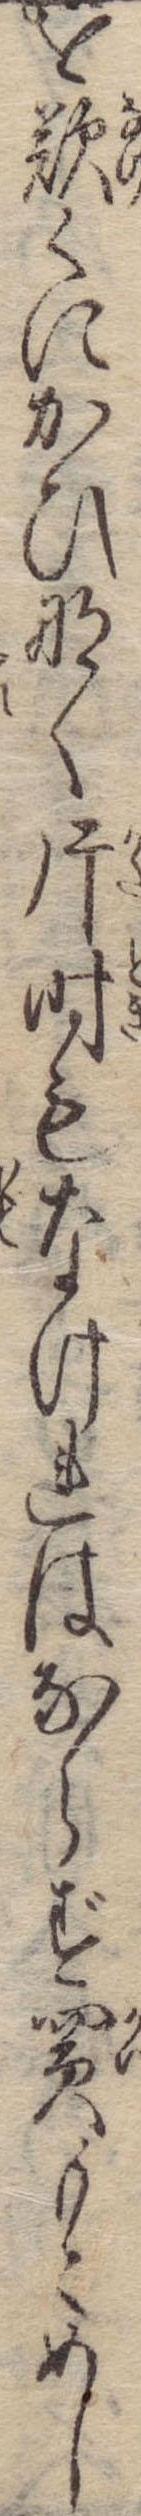
を歎くにかひなく片時もなけれはならず買もとめし